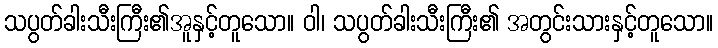
သပွတ်ခါးသီးကြီး၏အူနှင့်တူသော။ ဝါ၊ သပွတ်ခါးသီးကြီး၏ အတွင်းသားနှင့်တူသော။